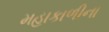
મહાકાળીના